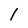
Character: 1